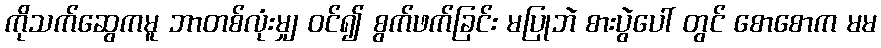
ကိုသက်ဆွေကမူ ဘာတစ်လုံးမျှ ဝင်၍ စွက်ဖက်ခြင်း မပြုဘဲ စားပွဲပေါ် တွင် စောစောက မမ